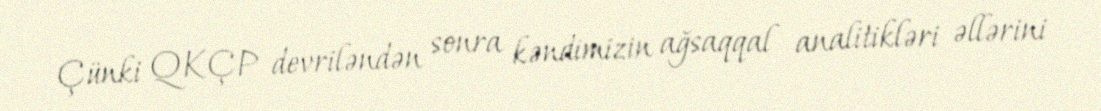
Çünki QKÇP devriləndən sonra kəndimizin ağsaqqal analitikləri əllərini